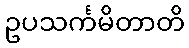
ဥပသင်္ကမိတာတိ